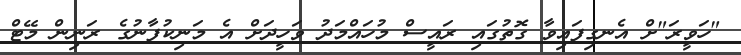
"ހަވީރަ"ށް އެނގިފައިވާ ގޮތުގައި ރައީސް މުހައްމަދު ވަހީދަށް އެ މަނިކުފާނުގެ ރަނިން މޭޓް